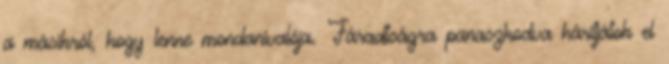
a másikról, hogy lenne mondanivalója. Fáradtságra panaszkodva hárítjátok el